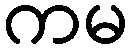
ကမ